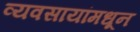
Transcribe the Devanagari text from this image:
व्यवसायांमधून